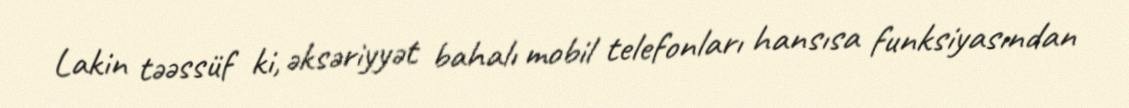
Lakin təəssüf ki, əksəriyyət bahalı mobil telefonları hansısa funksiyasından